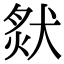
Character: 𤟙